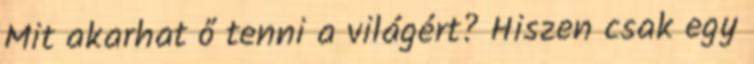
Mit akarhat ő tenni a világért? Hiszen csak egy